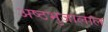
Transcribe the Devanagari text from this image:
अष्ठभुजालाल